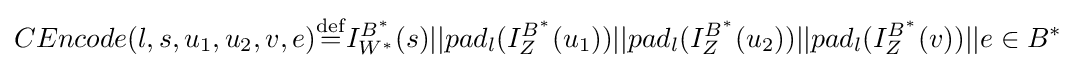
CEncode(l,s,u_{1},u_{2},v,e){\stackrel {\mathrm {def} }{=}}I_{W^{\ast }}^{B^{\ast }}(s)||pad_{l}(I_{Z}^{B^{\ast }}(u_{1}))||pad_{l}(I_{Z}^{B^{\ast }}(u_{2}))||pad_{l}(I_{Z}^{B^{\ast }}(v))||e\in B^{\ast }